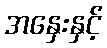
အနှေးနှင့်